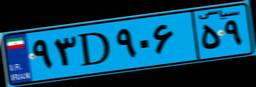
۹۳D۹۰۶۵۹